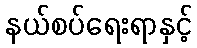
နယ်စပ်ရေးရာနှင့်